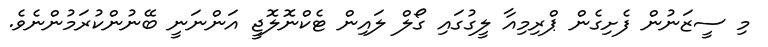
މި ސީޒަނުން ފެށިގެން ޕްރިމިއާ ލީގުގައި ގޯލް ލައިން ޓެކްނޮލޮޖީ އަންނަނީ ބޭނުންކުރަމުންނެވެ.